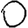
Digit: 0